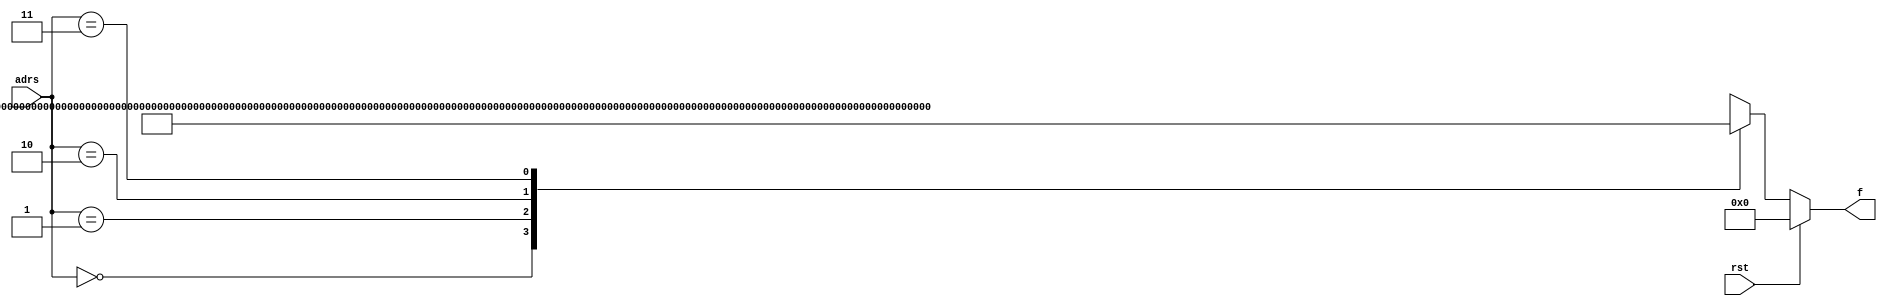
`timescale 1ns / 1ps
//////////////////////////////////////////////////////////////////////////////////
// Company: 
// Engineer: 
// 
// Design Name: 
// Module Name: function_generator5
// Project Name: 
// Target Devices: 
// Tool Versions: 
// Description: 
// 
// Dependencies: 
// 
// Revision:
// Revision 0.01 - File Created
// Additional Comments:
// 
//////////////////////////////////////////////////////////////////////////////////


module Function_generator5(f,adrs,rst);
parameter K_N=256;
output reg [K_N-1:0]f;
input [1:0]adrs;
input rst;
//input clk;
always@(adrs,rst)
if(rst)
f = 256'd0;
else
case(adrs)
  2'b00: f = 256'hAD2A4EBAD1E92DA8244A0B00209BDE081A7EBA13A58F8A20E918B9779F65BC89;
  2'b01: f = 256'h41EC63AEEC80233868F9678AFAA8D2827B2698FBEF8E3C8F2201797661373A36;
  2'b10: f = 256'h737F7F186CAC600D910E12A99DD8CDD2E9BFCF66051AD4C75E429C54F97B1B3A;
  2'b11: f = 256'hB85BB056086D176F85070BA40792E42460525B7F6B96B4E09E5BE3C0AACC558A;
  default: f = 256'd0;
endcase
endmodule